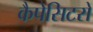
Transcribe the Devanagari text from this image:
कैपेसिटरों